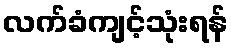
လက်ခံကျင့်သုံးရန်